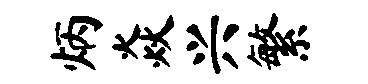
炳焱兴繁